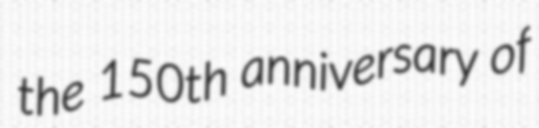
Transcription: the 150th anniversary of